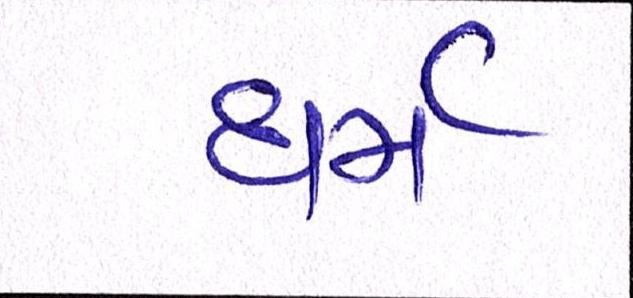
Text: ધર્મ